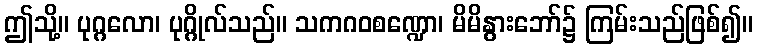
ဤသို့။ ပုဂ္ဂလော၊ ပုဂ္ဂိုလ်သည်။ သကဂဝစဏ္ဍော၊ မိမိနွားဘော်၌ ကြမ်းသည်ဖြစ်၍။